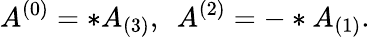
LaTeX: A^{(0)}=*A_{(3)},~~A^{(2)}=-*A_{(1)}.